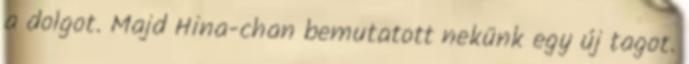
a dolgot. Majd Hina-chan bemutatott nekünk egy új tagot.